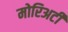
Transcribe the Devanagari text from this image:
मोरिअर्टी